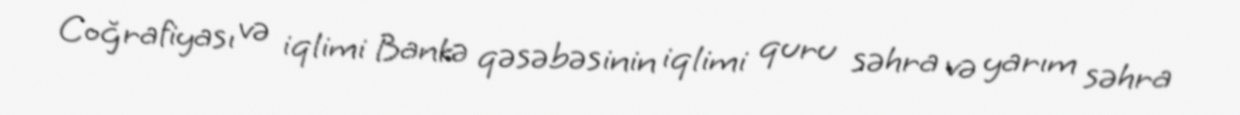
Coğrafiyası və iqlimi Bankə qəsəbəsinin iqlimi quru səhra və yarım səhra